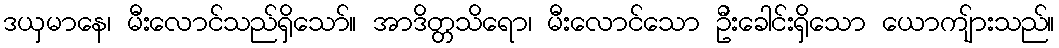
ဒယှမာနေ၊ မီးလောင်သည်ရှိသော်။ အာဒိတ္တသိရော၊ မီးလောင်သော ဦးခေါင်းရှိသော ယောကျ်ားသည်။